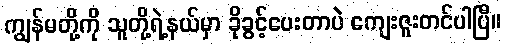
ကျွန်မတို့ကို သူတို့ရဲ့နယ်မှာ ခိုခွင့်ပေးတာပဲ ကျေးဇူးတင်ပါပြီ။